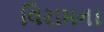
વિરામના